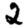
Digit: 2